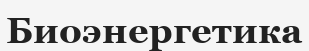
Биоэнергетика